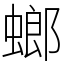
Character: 螂